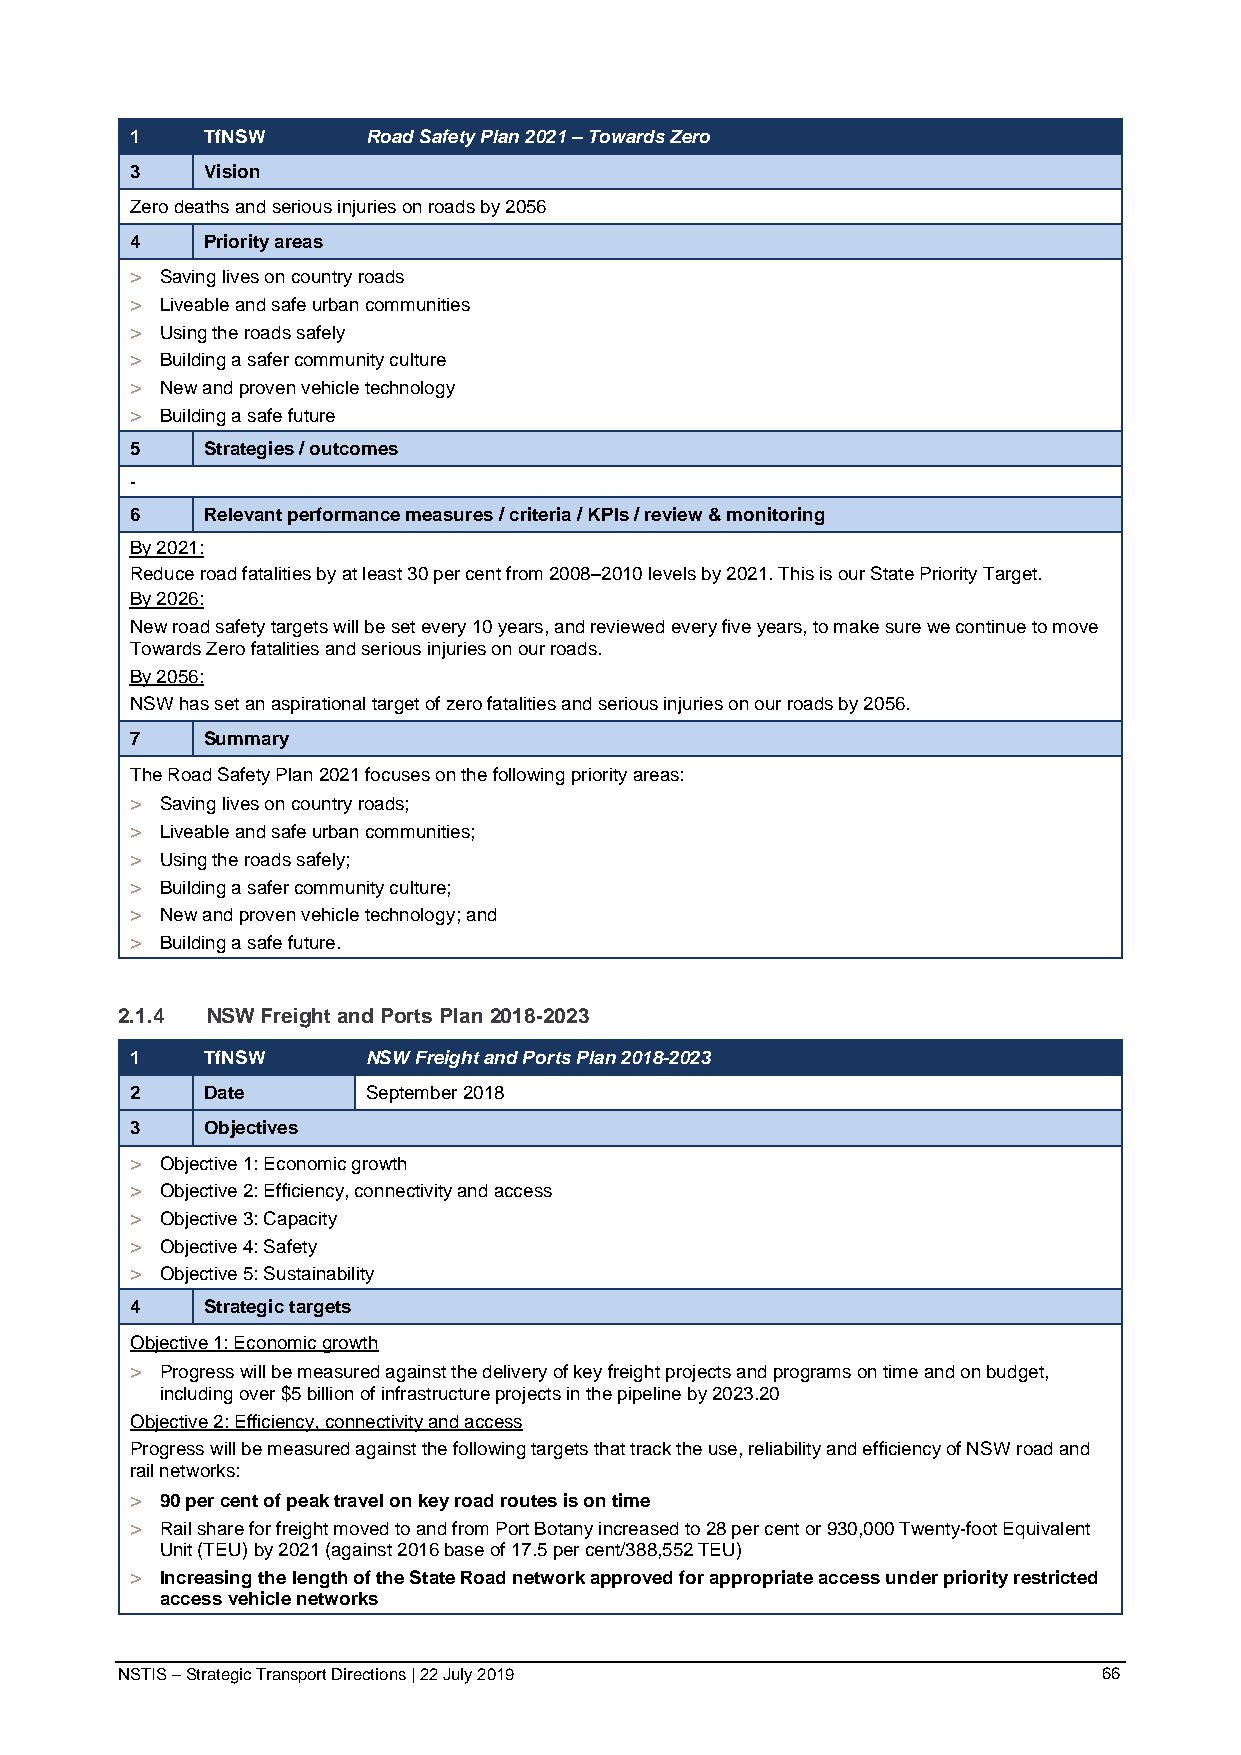
1   TfNSW      Road Safety Plan 2021 – Towards Zero
 3   Vision
 Zero deaths and serious injuries on roads by 2056
 4   Priority areas
 > Saving lives on country roads
 > Liveable and safe urban communities
 > Using the roads safely
 > Building a safer community culture
 > New and proven vehicle technology
 > Building a safe future
 5   Strategies / outcomes
 -
 6   Relevant performance measures / criteria / KPIs / review & monitoring
 By 2021:
 Reduce road fatalities by at least 30 per cent from 2008–2010 levels by 2021. This is our State Priority Target.
 By 2026:
 New road safety targets will be set every 10 years, and reviewed every five years, to make sure we continue to move
 Towards Zero fatalities and serious injuries on our roads.
 By 2056:
 NSW has set an aspirational target of zero fatalities and serious injuries on our roads by 2056.
 7   Summary
 The Road Safety Plan 2021 focuses on the following priority areas:
 > Saving lives on country roads;
 > Liveable and safe urban communities;
 > Using the roads safely;
 > Building a safer community culture;
 > New and proven vehicle technology; and
 > Building a safe future.
 2.1.4 NSW Freight and Ports Plan 2018-2023
 1   TfNSW      NSW Freight and Ports Plan 2018-2023
 2   Date       September 2018
 3   Objectives
 > Objective 1: Economic growth
 > Objective 2: Efficiency, connectivity and access
 > Objective 3: Capacity
 > Objective 4: Safety
 > Objective 5: Sustainability
 4   Strategic targets
 Objective 1: Economic growth
 > Progress will be measured against the delivery of key freight projects and programs on time and on budget,
 including over $5 billion of infrastructure projects in the pipeline by 2023.20
 Objective 2: Efficiency, connectivity and access
 Progress will be measured against the following targets that track the use, reliability and efficiency of NSW road and
 rail networks:
 > 90 per cent of peak travel on key road routes is on time
 > Rail share for freight moved to and from Port Botany increased to 28 per cent or 930,000 Twenty-foot Equivalent
 Unit (TEU) by 2021 (against 2016 base of 17.5 per cent/388,552 TEU)
 > Increasing the length of the State Road network approved for appropriate access under priority restricted
 access vehicle networks
 NSTIS – Strategic Transport Directions | 22 July 2019            66